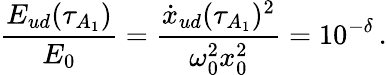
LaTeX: \frac{E_{ud}(\tau_{A_{1}})}{E_{0}}=\frac{\dot{x}_{ud}(\tau_{A_{1}})^{2}}{\omega_{0}^{2}x_{0}^{2}}=10^{-\delta}\, .